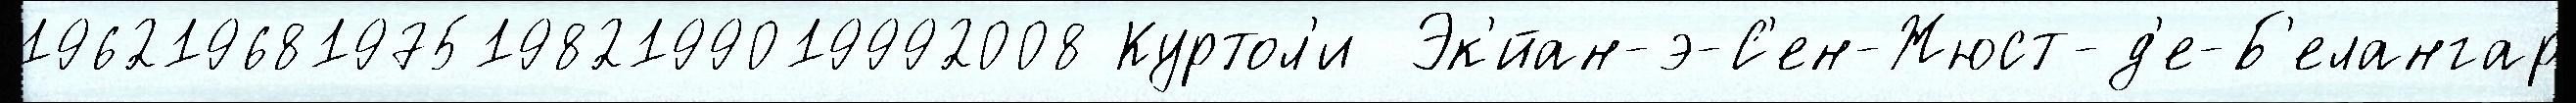
1962196819751982199019992008 Куртол'и  Эк'́йан-э-С'ен-Жюст-д'е-Б'елангар